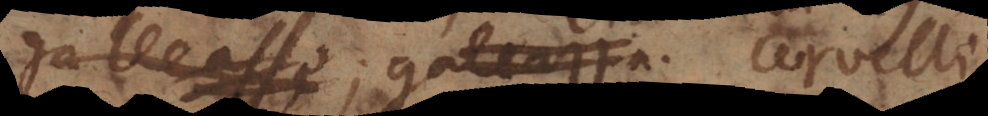
galleasse, galeazza. cervelli,